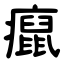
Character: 癙